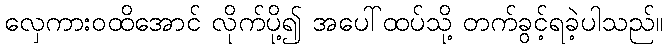
လှေကားဝထိအောင် လိုက်ပို့၍ အပေါ်ထပ်သို့ တက်ခွင့်ရခဲ့ပါသည်။